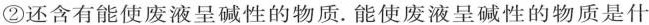
②还含有能使废液呈碱性的物质. 能使废液呈碱性的物质是什